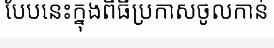
បែបនេះក្នុងពិធីប្រកាសចូលកាន់